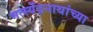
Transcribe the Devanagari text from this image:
मत्स्येंद्रनाथांच्या